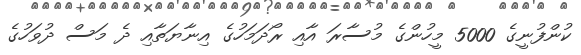
ކުންފުނީގެ 5000 މީހުންގެ މުސާރަ އާއި ރޯދަމަހުގެ އިނާޔަތާއި ދެ މަސް ދުވަހުގެ